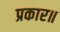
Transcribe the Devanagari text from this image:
प्रकार॥